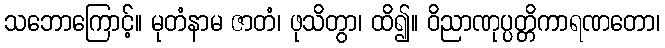
သဘောကြောင့်။ မုတံနာမ ဇာတံ၊ ဖုသိတွာ၊ ထိ၍။ ဝိညာဏုပ္ပတ္တိကာရဏတော၊